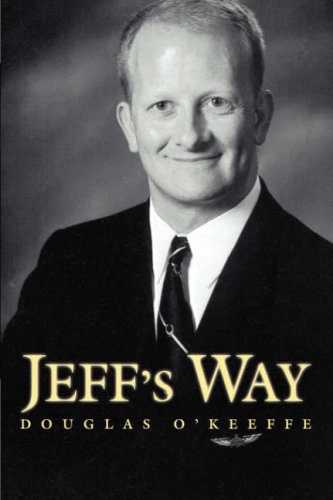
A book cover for Jeff's Way; Douglas O'Keeffe; Gay & Lesbian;